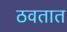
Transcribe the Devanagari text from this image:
ठवतात